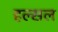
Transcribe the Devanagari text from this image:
हल्सल